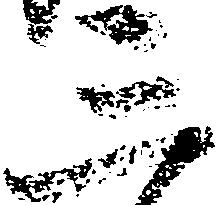
三